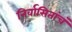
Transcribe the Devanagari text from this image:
निर्वासितांचं